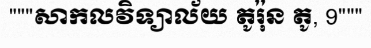
"""សាកលវិទ្យាល័យ តូរ៉ុន តូ, 9"""